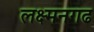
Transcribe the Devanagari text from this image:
लक्ष्मनगढ